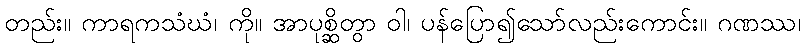
တည်း။ ကာရကသံဃံ၊ ကို။ အာပုစ္ဆိတွာ ဝါ၊ ပန်ပြော၍သော်လည်းကောင်း။ ဂဏဿ၊